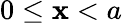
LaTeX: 0\leq\mathbf{x}<a